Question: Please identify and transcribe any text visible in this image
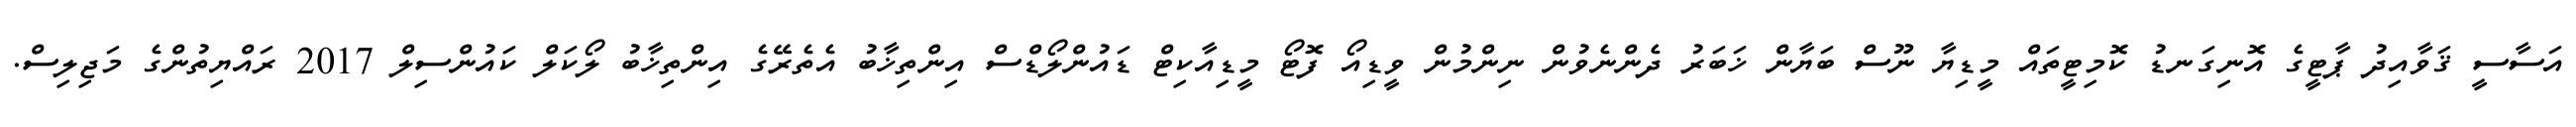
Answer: އަސާސީ ޤަވާއިދު ޕާޓީގެ އޮނިގަނޑު ކޮމިޓީތައް މީޑިޔާ ނޫސް ބަޔާން ޚަބަރު ދެންނެވުން ނިންމުން ވީޑިއޯ ފޮޓޯ މީޑިއާކިޓް ޑައުންލޯޑްސް އިންތިޚާބު އެތެރޭގެ އިންތިޚާބު ލޯކަލް ކައުންސިލް 2017 ރައްޔިތުންގެ މަޖިލިސް.